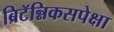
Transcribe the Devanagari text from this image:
ब्रिटॅन्निकसपेक्षा